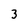
Character: 3